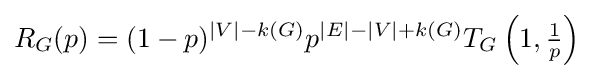
R_{G}(p)=(1-p)^{|V|-k(G)}p^{|E|-|V|+k(G)}T_{G}\left(1,{\tfrac {1}{p}}\right)